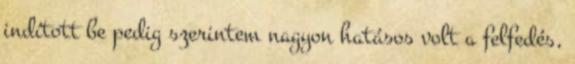
indított be pedig szerintem nagyon hatásos volt a felfedés,